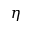
\eta